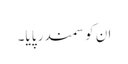
ان کو سمندر پایا۔